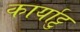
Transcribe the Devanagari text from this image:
कार्याट्टु